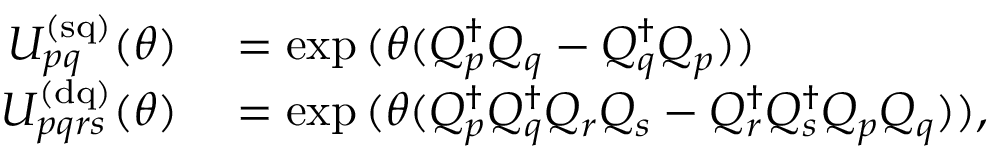
\begin{array} { r l } { U _ { p q } ^ { \mathrm { ( s q ) } } ( \theta ) } & { { } = \exp { ( \theta ( Q _ { p } ^ { \dagger } { } Q _ { q } - Q _ { q } ^ { \dagger } { } Q _ { p } ) ) } } \\ { U _ { p q r s } ^ { \mathrm { ( d q ) } } ( \theta ) } & { { } = \exp { ( \theta ( Q _ { p } ^ { \dagger } { } Q _ { q } ^ { \dagger } { } Q _ { r } Q _ { s } - Q _ { r } ^ { \dagger } { } Q _ { s } ^ { \dagger } { } Q _ { p } Q _ { q } ) ) } , } \end{array}